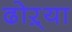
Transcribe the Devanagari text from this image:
ढोऱ्या